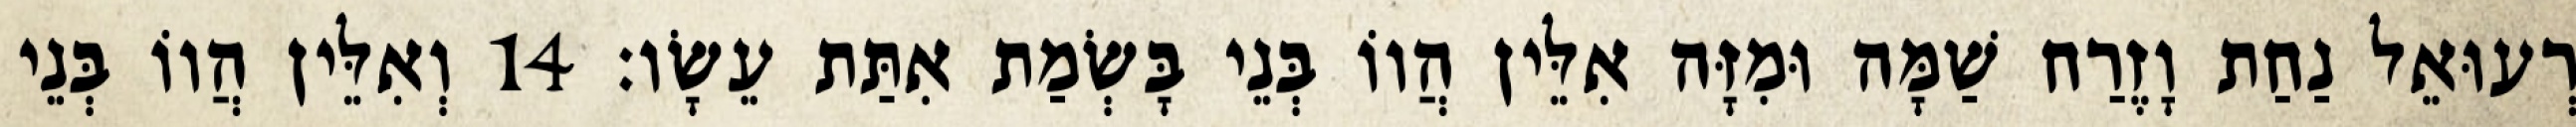
רְעוּאֵל נַחַת וָזֶרַח שַׁמָּה וּמִזָּה אִלֵּין הֲווֹ בְּנֵי בָּשְׂמַת אִתַּת עֵשָׂו׃ 14 וְאִלֵּין הֲווֹ בְּנֵי